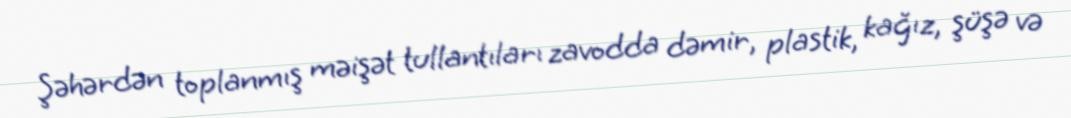
Şəhərdən toplanmış məişət tullantıları zavodda dəmir, plastik, kağız, şüşə və